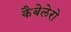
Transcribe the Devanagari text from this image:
कैबेलेरो